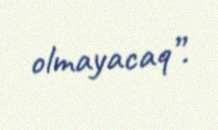
olmayacaq”.